Leaving Certificate Examination, 1918
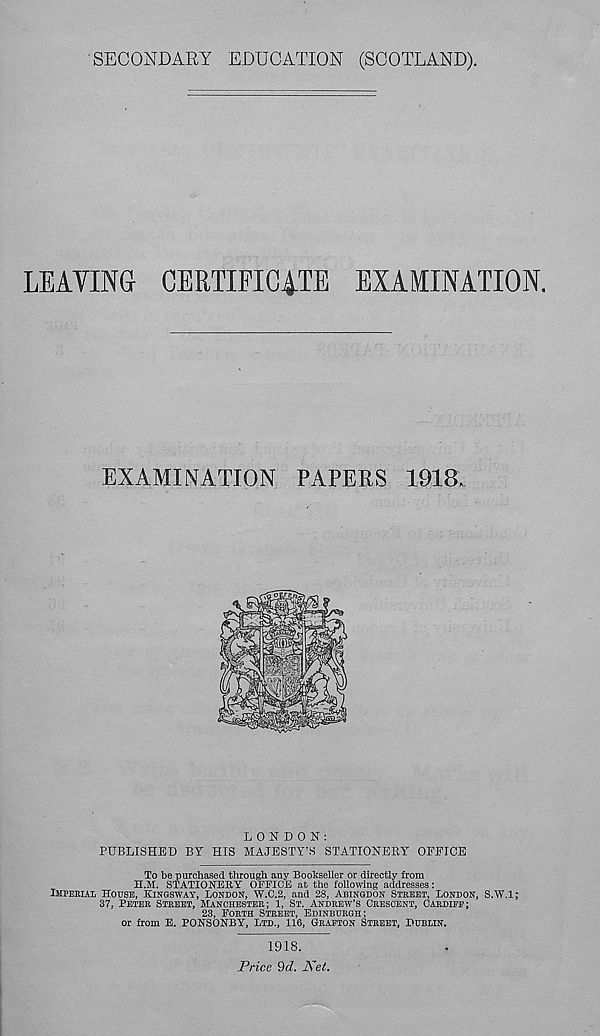
SECONDARY EDUCATION (SCOTLAND),
LEAVING CERTIFICATE EXAMINATION.
EXAMINATION PAPERS 1918.
LONDON:
PUBLISHED BY HIS MAJESTY'S STATIONERY OFFICE
To be purchased through any Bookseller or directly from
H.M. STATIONERY OFFICE at the following addresses:
IMPERIAL HOUSE, KINSSWAY, LONDON, W.C.2, and 28, ABINGDON STREET, LONDON, S.W.l;
37. PETER STREET, MANCHESTER; 1, ST. ANDREW'S CRESCENT, CARDIFF;
23, FORTH STREET, EDINBURGH;
or from E. PONSONBY, LTD., 116, GRAFTON STREET, DUBLIN.
1918.
Price Qd. Net.